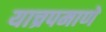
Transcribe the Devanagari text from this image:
याच्रपमाणे